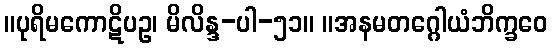
။ပုရိမကောဋိပဥ၊ မိလိန္ဒ-ပါ-၅၁။ ။အနမတဂ္ဂေါယံဘိက္ခဝေ